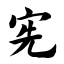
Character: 宪